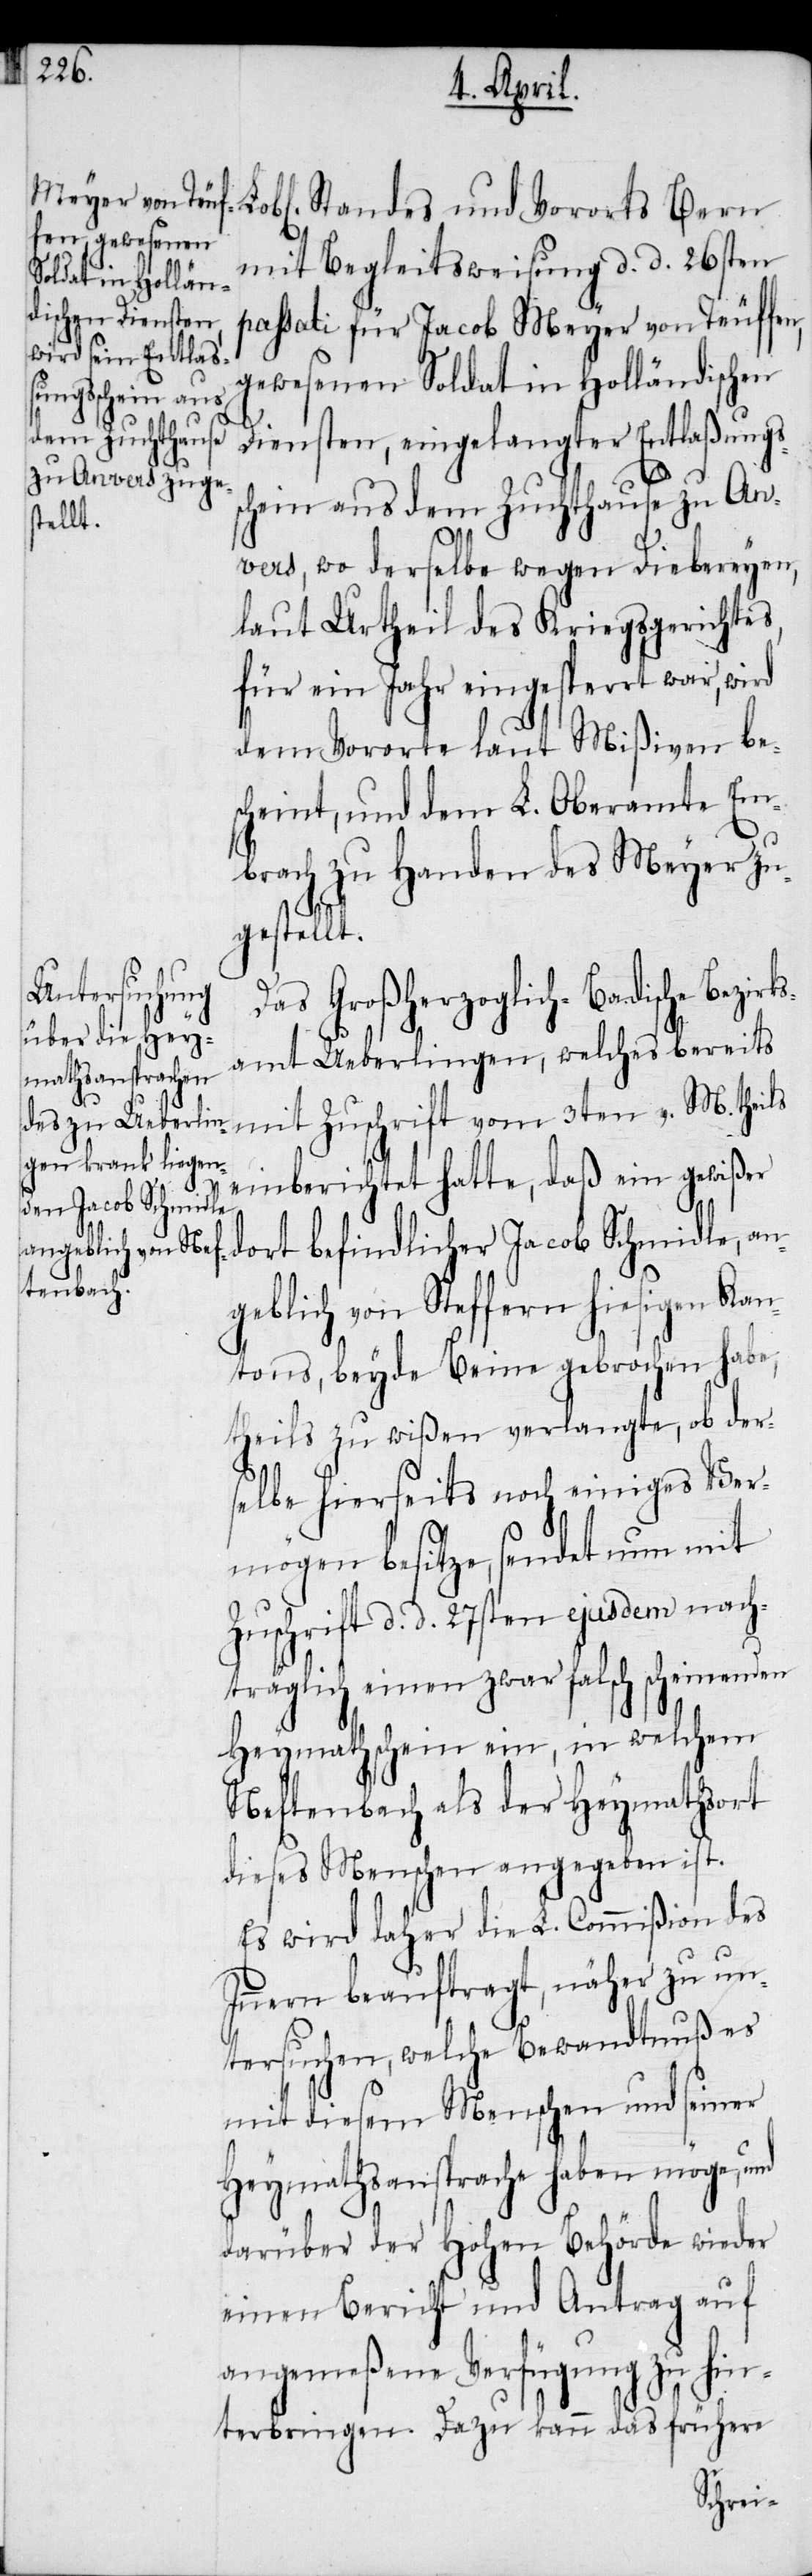
Standes und Vororts Bern
mit Begleitsweisung d. d. 26sten
passati für Jacob Meyer von Teuffen,
gewesenen Soldat in Holländischen
Diensten, eingelangter Entlaßungs¬
schein aus dem Zuchthause zu An¬
vers, wo derselbe wegen Diebereyen,
laut Urtheil des Kriegsgerichtes,
für ein Jahr eingesperrt war, wird
dem Vororte laut Mißiven be¬
scheint, und dem L. Oberamte Em¬
brach zu Handen des Meyer zu¬
gestellt.
Das Großherzoglich-Badische Bezir¬
ksamt Ueberlingen, welches bereits
mit Zuschrift vom 3ten v. M. theils
einberichtet hatte, daß ein gewißer
dort befindlicher Jacob Schmidle, an¬
geblich von Steffern hiesigen Kan¬
tons, beyde Beine gebrochen habe,
theils zu wißen verlangte, ob der¬
selbe hierseits noch einiges Ver¬
mögen besitze, sendet nun mit
Zuschrift d. d. 27sten ejusdem nach¬
träglich einen zwar falsch scheinenden
Heymathschein ein, in welchem
Neftenbach als der Heymathsort
dieses Menschen angegeben ist.
Es wird daher die L. Commißion des
Innern beauftragt, näher zu un¬
tersuchen, welche Bewandtnuß es
mit diesem Menschen und seiner
Heymathsansprache haben möge, und
darüber der Hohen Behörde wieder
einen Bericht und Antrag auf
angemeßene Verfügung zu hin¬
terbringen. Dazu kann das frühere